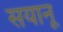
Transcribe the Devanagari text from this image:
सयानू